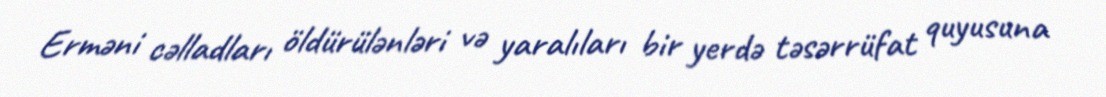
Erməni cəlladları öldürülənləri və yaralıları bir yerdə təsərrüfat quyusuna